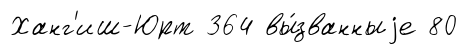
Ханг'иш-Юрт 364 вы́званныjе 80